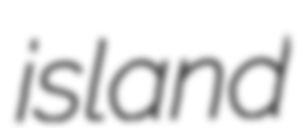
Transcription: island